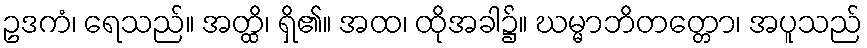
ဥဒကံ၊ ရေသည်။ အတ္ထိ၊ ရှိ၏။ အထ၊ ထိုအခါ၌။ ဃမ္မာဘိတတ္တော၊ အပူသည်